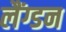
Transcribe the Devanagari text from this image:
लैंग्डन